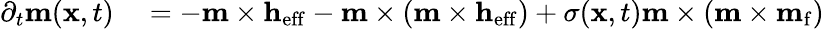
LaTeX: \begin{array}{rl}{\partial_{t}{\mathbf m}({\mathbf x},t)}&{{}=-{\mathbf m}\times{\mathbf h}_{\mathrm{eff}}-{\mathbf m}\times\left({\mathbf m}\times{\mathbf h}_{\mathrm{eff}}\right)+\sigma({\mathbf x},t){\mathbf m}\times\left({\mathbf m}\times{\mathbf m}_{\mathrm{f}}\right)}\end{array}